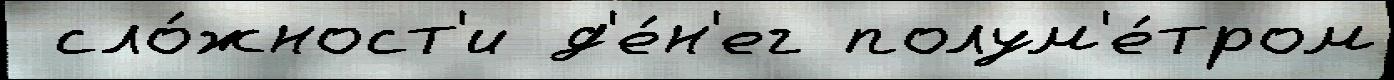
 сло́жност'и д'е́н'ег полум'е́тром